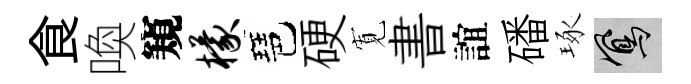
食喚窺檬琶硬𡩖書誼磻琢鳳